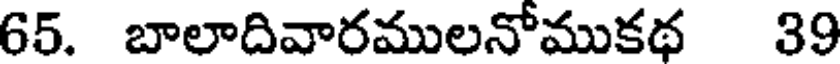
65. బాలాదివారములనోముకథ 39